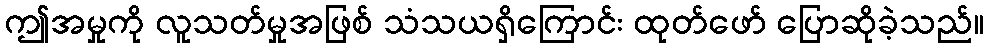
ဤအမှုကို လူသတ်မှုအဖြစ် သံသယရှိကြောင်း ထုတ်ဖော် ပြောဆိုခဲ့သည်။